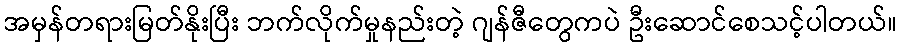
အမှန်တရားမြတ်နိုးပြီး ဘက်လိုက်မှုနည်းတဲ့ ဂျန်ဇီတွေကပဲ ဦးဆောင်စေသင့်ပါတယ်။